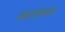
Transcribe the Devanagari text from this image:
संसर्जनक्रम